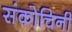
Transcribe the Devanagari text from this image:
संकोचिनी